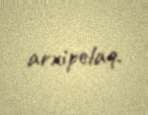
arxipelaq.